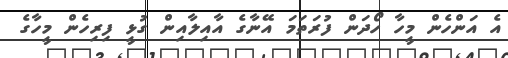
އެ އަންހެން މީހާ ހޯދަން ފުރަތަމަ އޭނާގެ އާއިލާއިން ގުޅީ ފިރިހެން މީހާގެ